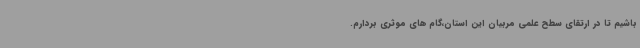
باشیم تا در ارتقای سطح علمی مربیان این استان،گام های موثری بردارم.